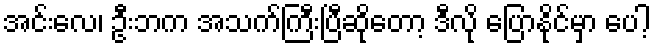
အင်းလေ၊ ဦးဘက အသက်ကြီးပြီဆိုတော့ ဒီလို ပြောနိုင်မှာ ပေါ့